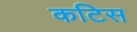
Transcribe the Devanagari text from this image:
कटिस